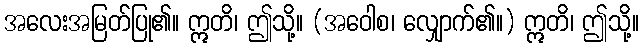
အလေးအမြတ်ပြု၏။ ဣတိ၊ ဤသို့။ (အဝေါစ၊ လျှောက်၏။) ဣတိ၊ ဤသို့။